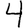
Digit: 4